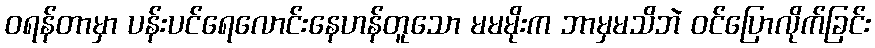
ဝရန်တာမှာ ပန်းပင်ရေလောင်းနေဟန်တူသော မမမိုးက ဘာမှမသိဘဲ ဝင်ပြောလိုက်ခြင်း